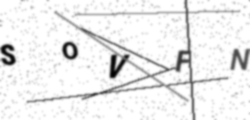
Text: SOVFN